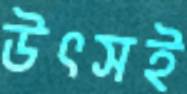
উৎসই